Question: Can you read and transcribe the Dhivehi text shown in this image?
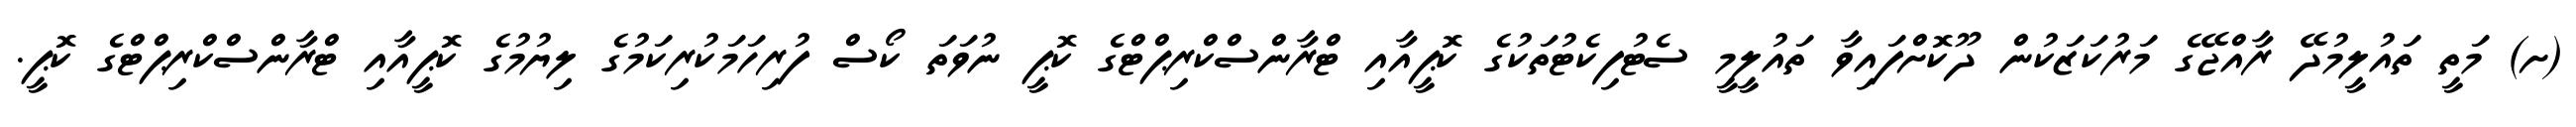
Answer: (ށ) މަތީ ތައުލީމުދޭ ރާއްޖޭގެ މަރުކަޒަކުން ދޫކޮށްފައިވާ ތައުލީމީ ސެޓުފިކެޓުތަކުގެ ކޮޕީއާއި ޓްރާންސްކްރިޕްޓްގެ ކޮޕީ ނުވަތަ ކޯސް ފުރިހަމަކުރިކަމުގެ ލިޔުމުގެ ކޮޕީއާއި ޓްރާންސްކްރިޕްޓްގެ ކޮޕީ.